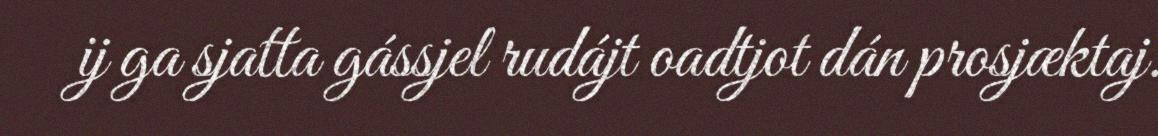
ij ga sjatta gássjel rudájt oadtjot dán prosjæktaj.